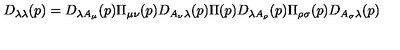
D _ { \lambda \lambda } ( p ) = D _ { \lambda A _ { \mu } } ( p ) \Pi _ { \mu \nu } ( p ) D _ { A _ { \nu } \lambda } ( p ) \Pi ( p ) D _ { \lambda A _ { \rho } } ( p ) \Pi _ { \rho \sigma } ( p ) D _ { A _ { \sigma } \lambda } ( p )